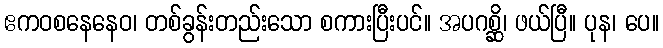
ဧကဝစနေနေဝ၊ တစ်ခွန်းတည်းသော စကားပြီးပင်။ အပဂစ္ဆိ၊ ဖယ်ပြီ။ ပုန၊ ပေ။